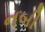
નબી